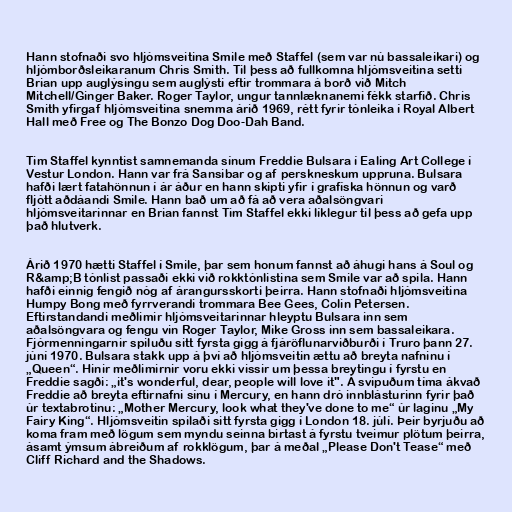
Hann stofnaði svo hljómsveitina Smile með Staffel (sem var nú bassaleikari) og
hljómborðsleikaranum Chris Smith. Til þess að fullkomna hljómsveitina setti
Brian upp auglýsingu sem auglýsti eftir trommara á borð við Mitch
Mitchell/Ginger Baker. Roger Taylor, ungur tannlæknanemi fékk starfið. Chris
Smith yfirgaf hljómsveitina snemma árið 1969, rétt fyrir tónleika í Royal Albert
Hall með Free og The Bonzo Dog Doo-Dah Band.

Tim Staffel kynntist samnemanda sínum Freddie Bulsara í Ealing Art College í
Vestur London. Hann var frá Sansibar og af perskneskum uppruna. Bulsara
hafði lært fatahönnun í ár áður en hann skipti yfir í grafíska hönnun og varð
fljótt aðdáandi Smile. Hann bað um að fá að vera aðalsöngvari
hljómsveitarinnar en Brian fannst Tim Staffel ekki líklegur til þess að gefa upp
það hlutverk.

Árið 1970 hætti Staffel í Smile, þar sem honum fannst að áhugi hans á Soul og
R&amp;B tónlist passaði ekki við rokktónlistina sem Smile var að spila. Hann
hafði einnig fengið nóg af árangursskorti þeirra. Hann stofnaði hljómsveitina
Humpy Bong með fyrrverandi trommara Bee Gees, Colin Petersen.
Eftirstandandi meðlimir hljómsveitarinnar hleyptu Bulsara inn sem
aðalsöngvara og fengu vin Roger Taylor, Mike Gross inn sem bassaleikara.
Fjórmenningarnir spiluðu sitt fyrsta gigg á fjáröflunarviðburði í Truro þann 27.
júní 1970. Bulsara stakk upp á því að hljómsveitin ættu að breyta nafninu í
„Queen“. Hinir meðlimirnir voru ekki vissir um þessa breytingu í fyrstu en
Freddie sagði: „it's wonderful, dear, people will love it". Á svipuðum tíma ákvað
Freddie að breyta eftirnafni sínu í Mercury, en hann dró innblásturinn fyrir það
úr textabrotinu: „Mother Mercury, look what they've done to me“ úr laginu „My
Fairy King“. Hljómsveitin spilaði sitt fyrsta gigg í London 18. júlí. Þeir byrjuðu að
koma fram með lögum sem myndu seinna birtast á fyrstu tveimur plötum þeirra,
ásamt ýmsum ábreiðum af rokklögum, þar á meðal „Please Don't Tease“ með
Cliff Richard and the Shadows.